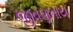
જીવણતાય